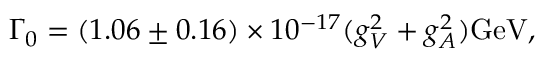
\Gamma _ { 0 } = ( 1 . 0 6 \pm 0 . 1 6 ) \times 1 0 ^ { - 1 7 } ( g _ { V } ^ { 2 } + g _ { A } ^ { 2 } ) \mathrm { G e V } ,